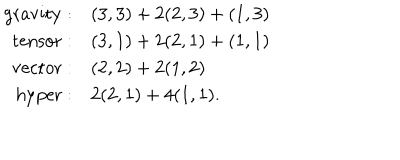
\begin{array} { r l } { { \mathrm { g r a v i t y } : } } & { { ( 3 , 3 ) + 2 ( 2 , 3 ) + ( 1 , 3 ) \nonumber } } \\ { { \mathrm { t e n s o r } : } } & { { ( 3 , 1 ) + 2 ( 2 , 1 ) + ( 1 , 1 ) \nonumber } } \\ { { \mathrm { v e c t o r } : } } & { { ( 2 , 2 ) + 2 ( 1 , 2 ) \nonumber } } \\ { { \mathrm { h y p e r } : } } & { { 2 ( 2 , 1 ) + 4 ( 1 , 1 ) . } } \\ \end{array}